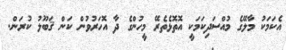
އެކަމަކު މާލޭގެ މުއްސަދިކަމަކީ އޮތޮޅެތެރޭ މީހުންގެ ދާ އޮހަރުވުން ކަން ޤަބޫލު ކުރަން.